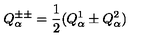
Q _ { \alpha } ^ { \pm \pm } = { \frac { 1 } { 2 } } ( Q _ { \alpha } ^ { 1 } \pm Q _ { \alpha } ^ { 2 } )